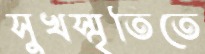
সুখস্মৃতিতে